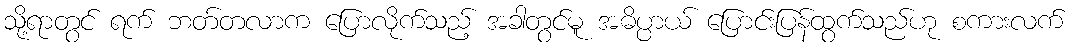
သို့ရာတွင် ရက် ဘတ်တလာက ပြောလိုက်သည့် အခါတွင်မူ အဓိပ္ပာယ် ပြောင်းပြန်ထွက်သည်ဟု စကားလက်